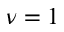
\nu = 1